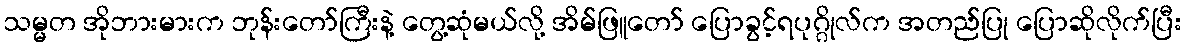
သမ္မတ အိုဘားမားက ဘုန်းတော်ကြီးနဲ့ တွေ့ဆုံမယ်လို့ အိမ်ဖြူတော် ပြောခွင့်ရပုဂ္ဂိုလ်က အတည်ပြု ပြောဆိုလိုက်ပြီး